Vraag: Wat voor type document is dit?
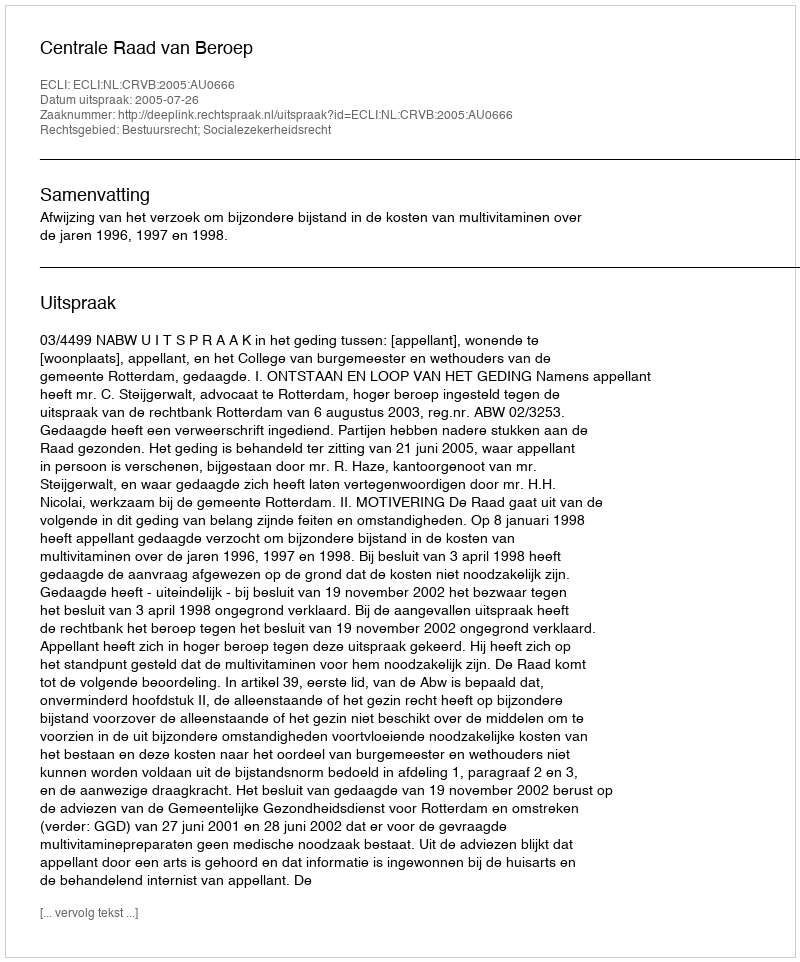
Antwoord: Uitspraak